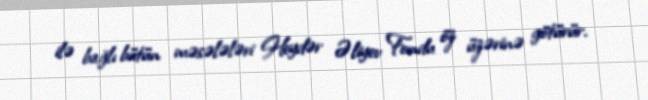
ilə bağlı bütün məsələləri Heydər Əliyev Fondu öz üzərinə götürür.